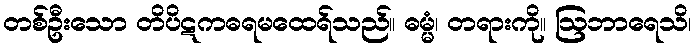
တစ်ဦးသော တိပိဋကဓရမထေရ်သည်။ ဓမ္မံ၊ တရားကို။ ဩဘာရေသိ၊